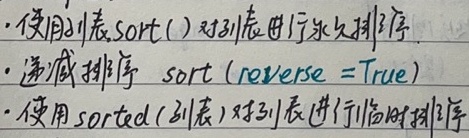
- 使用列表 `sort()` 对列表进行永久排序
- 递减排序 `sort(reverse =True)`
- 使用 `sorted(列表)` 对列表进行临时排序